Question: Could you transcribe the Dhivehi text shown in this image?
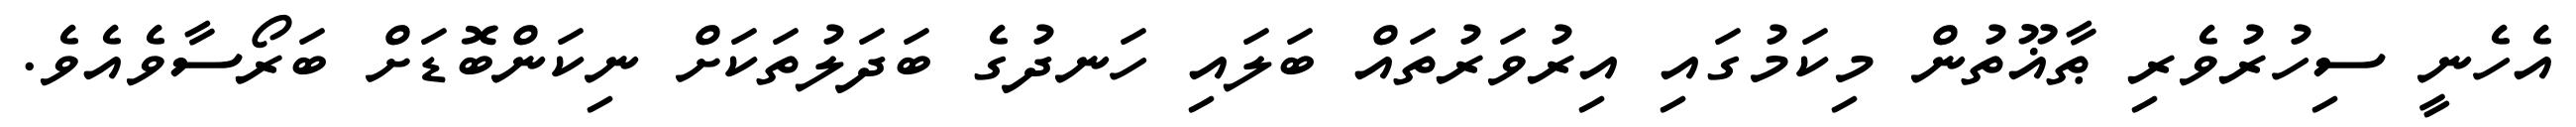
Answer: އެހެނީ ސިހުރުވެރި ޠާޣޫތުން މިކަމުގައި އިރުވަރުތައް ބަލައި ހަނދުގެ ބަދަލުތަކަށް ނިކަންބޮޑަށް ބަރޯސާވެއެވެ.